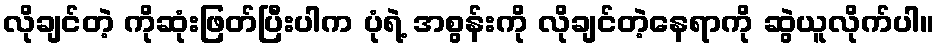
လိုချင်တဲ့ ကိုဆုံးဖြတ်ပြီးပါက ပုံရဲ့ အစွန်းကို လိုချင်တဲ့နေရာကို ဆွဲယူလိုက်ပါ။